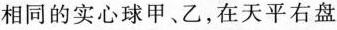
相同的实心球甲、乙，在天平右盘